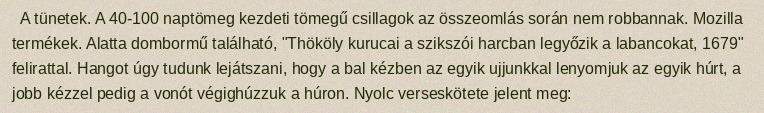
A tünetek. A 40-100 naptömeg kezdeti tömegű csillagok az összeomlás során nem robbannak. Mozilla termékek. Alatta dombormű található, "Thököly kurucai a szikszói harcban legyőzik a labancokat, 1679" felirattal. Hangot úgy tudunk lejátszani, hogy a bal kézben az egyik ujjunkkal lenyomjuk az egyik húrt, a jobb kézzel pedig a vonót végighúzzuk a húron. Nyolc verseskötete jelent meg: